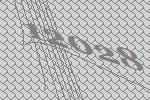
12028